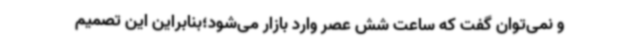
و نمی‌توان گفت که ساعت شش عصر وارد بازار می‌شود؛بنابراین این تصمیم